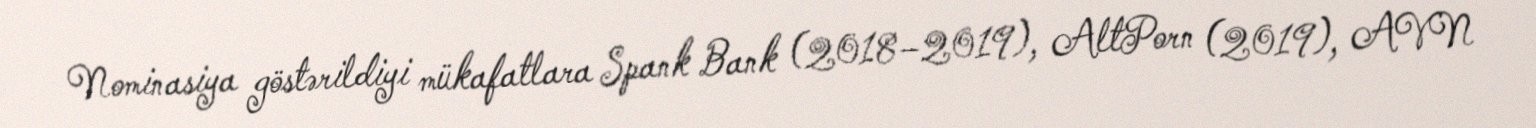
Nominasiya göstərildiyi mükafatlara Spank Bank (2018–2019), AltPorn (2019), AVN